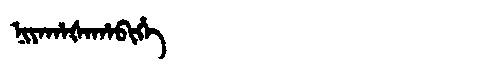
Manchu: ᠨᡳᠶᠠᡥᠠᡧᠠᡥᠠᠪᡳᡥᡝ
Romanization: NIYAHAŠAHABIHE